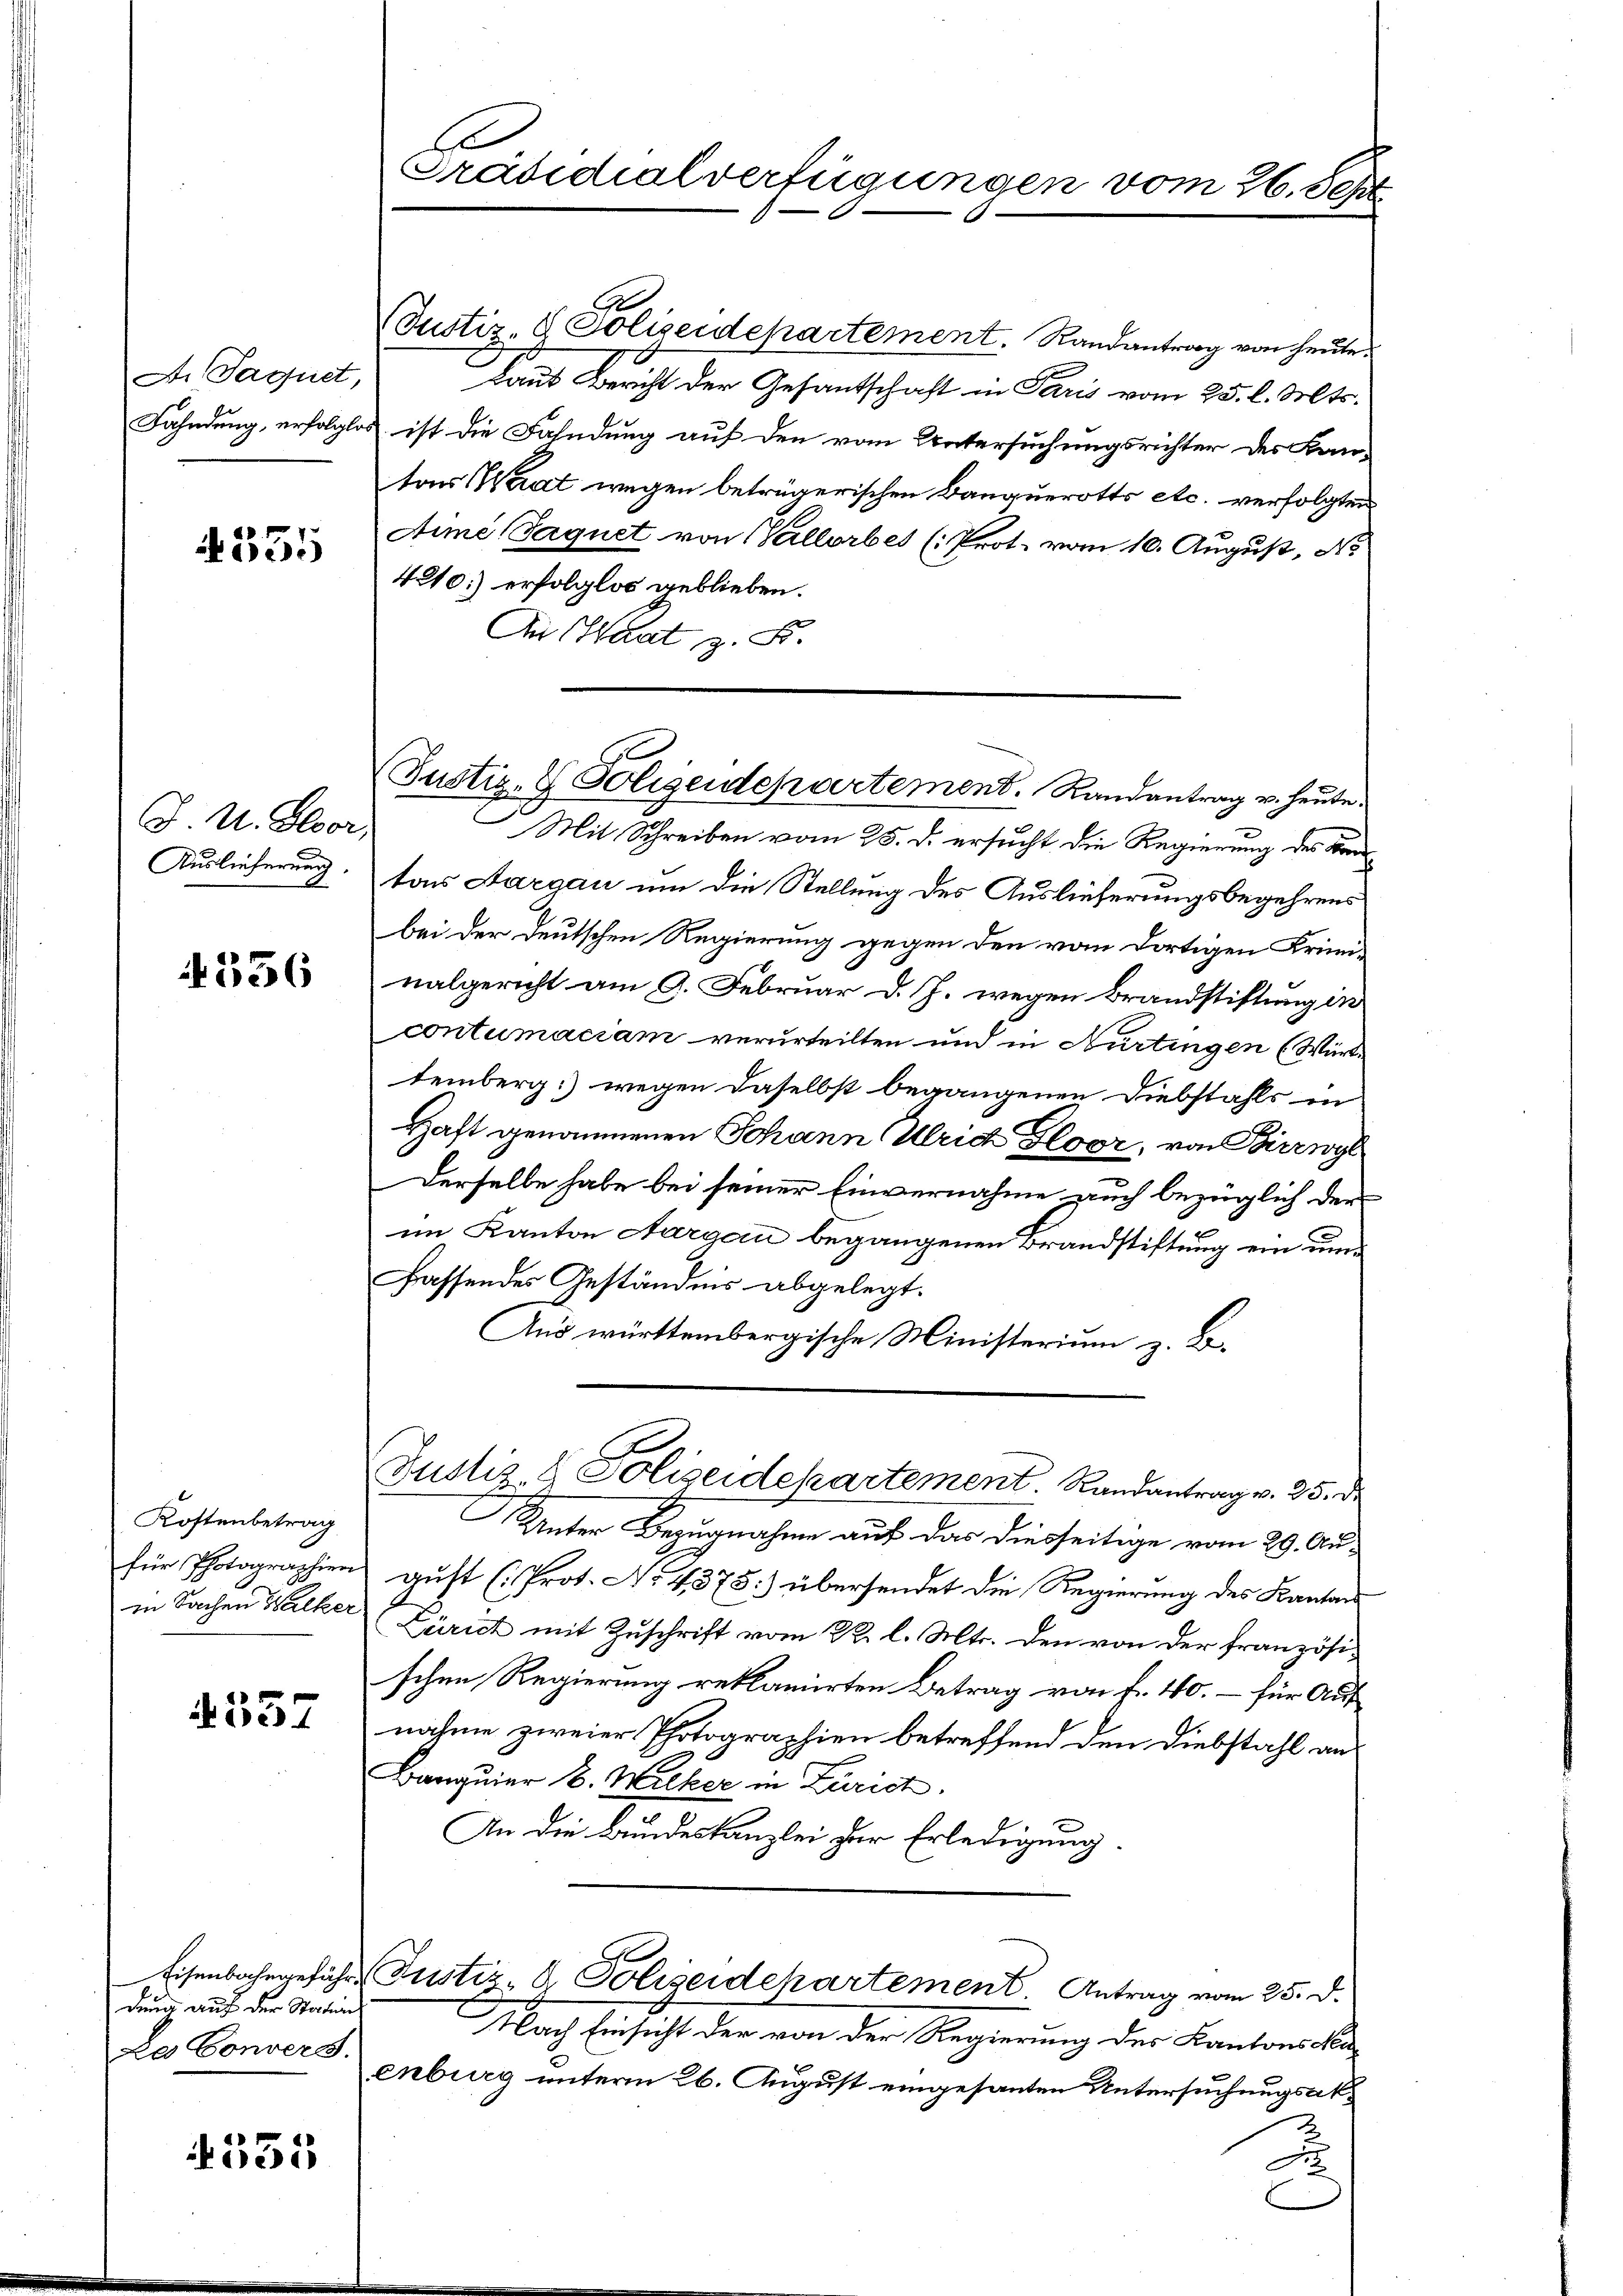
A. Jaquet,

4355

U. Gloor,
Auslieferung.

356

Kostenbetrag
für Photographien

537

dung auf der Stations
de Convers.

4555

Präsidialverfügungen vom 26. Sept.

J
(Justiz- & Polizeidepartement. Randantrag von heute
laut Bericht der Gesantschaft in Paris vom 25. l. Mts.
Fahndung, erfolglos ist die Fahndung auf den vom Untersuchungsrichter des Kan-
tons Saat wegen betrügerischen Banquerotts etc. verfolgten
Aime Saquet von Vallorber (Prot. vom 10. August, No
4210) erfolglos geblieben.
An Haat, z. B.
Mit Schreiben vom 25. d. ersucht die Regierung des Brandtons Aargau um die Stellung des Auslieferungsbegehrens
bei der Deutschen Regierung gegen den vom dortigen Krimi-
nalgericht am 9. Februar d. J. wegen Brandstiftung in
contumaciam verurteilten und in Nürtingen (Würte
temberg) wegen daselbst begangenen Diebstahls in
Haft genommenen Johann Ulrich Gloor, von Birrwyl
Derselbe habe bei seiner Einvernahme auch bezüglich der
im Kanton Aargau begangenen Brandstiftung ein unfassendes Geständnis abgelegt.
Aus württembergische Ministerium z. B.
E
Justiz- & Polizeidepartement. Randantrag v. 25. de
Unter Bezugnahme auf das diesseitige vom 29. Auauft (Prot. No. 4375: übersendet die Regierung des Kanton
in Sachen Walker Zürich mit Zuschrift vom 22. l. Mts. den von der französi-
schen Regierung reklamirten Betrag von fr. 40. – für Auf
nahme zweier Photographien betreffend den Diebstahl an
Banquier 18. Wilker in Zürich.
An die Bundeskanzlei zur Erledigung.
Eisenbahngefähr Justiz- & Polizeidchartement. Antrag vom 25. d.
Nach Einsicht der von der Regierung der Kantonal
enburg unterm 26. August eingesanten Untersuchungsak
2

(Justiz- & Polizeidepartement. Randantrag u. heute.